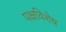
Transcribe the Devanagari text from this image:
पक्षविशेष